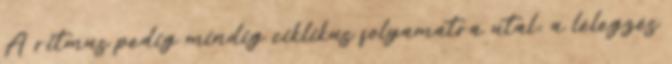
A ritmus pedig mindig ciklikus folyamatra utal; a lélegzés